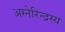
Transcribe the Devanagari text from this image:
अग्नेरिन्द्रस्य